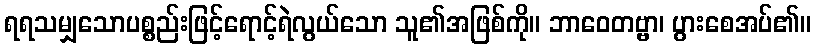
ရရသမျှသောပစ္စည်းဖြင့်ရောင့်ရဲလွယ်သော သူ၏အဖြစ်ကို။ ဘာဝေတဗ္ဗာ၊ ပွားစေအပ်၏။